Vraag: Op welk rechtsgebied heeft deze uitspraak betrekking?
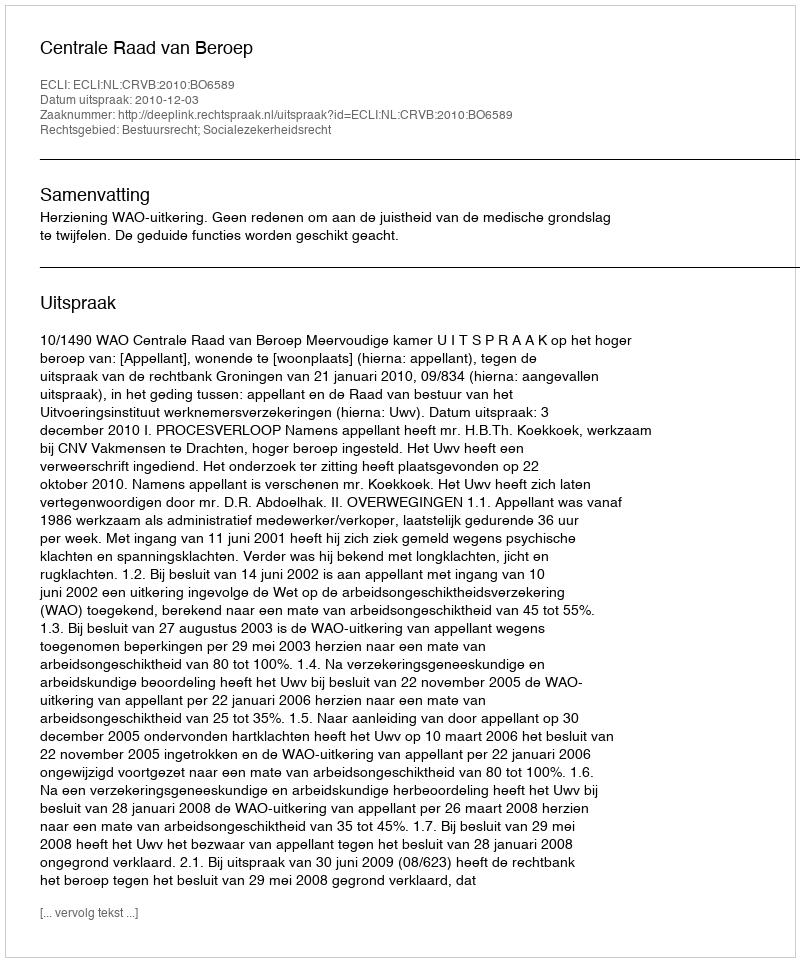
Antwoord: Bestuursrecht; Socialezekerheidsrecht